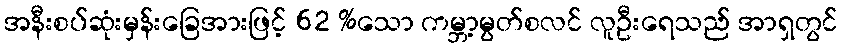
အနီးစပ်ဆုံးမှန်းခြေအားဖြင့် 62 %သော ကမ္ဘာ့မွတ်စလင် လူဦးရေသည် အာရှတွင်